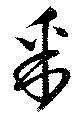
采